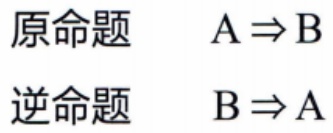
原命题 \(A\Rightarrow B\)
逆命题 \(B\Rightarrow A\)